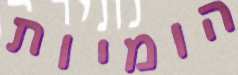
הומיות